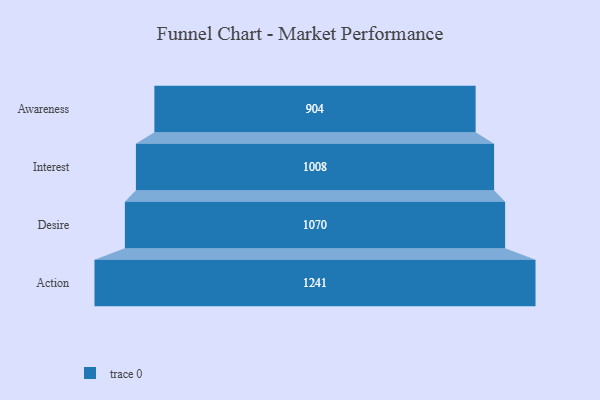
{"axis": {"x": "Stage", "y": "Value"}, "legend": [""], "data": [{"x": "Awareness", "y": 904.0, "type": ""}, {"x": "Interest", "y": 1008.0, "type": ""}, {"x": "Desire", "y": 1070.0, "type": ""}, {"x": "Action", "y": 1241.0, "type": ""}]}